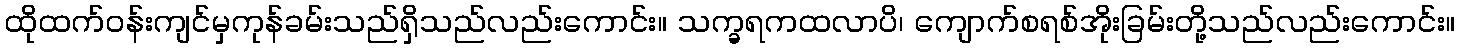
ထိုထက်ဝန်းကျင်မှကုန်ခမ်းသည်ရှိသည်လည်းကောင်း။ သက္ခရကထလာပိ၊ ကျောက်စရစ်အိုးခြမ်းတို့သည်လည်းကောင်း။